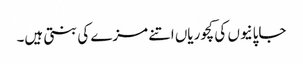
جاپانیوں کی کچوریاں اتنے مزے کی بنتی ہیں۔